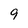
Character: 9